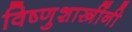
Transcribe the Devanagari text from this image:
विष्णुशास्त्रींनी